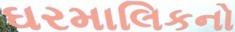
ઘરમાલિકનો